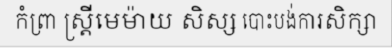
កំព្រា ស្ត្រីមេម៉ាយ សិស្ស បោះបង់ការសិក្សា